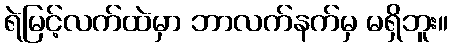
ရဲမြင့်လက်ထဲမှာ ဘာလက်နက်မှ မရှိဘူး။